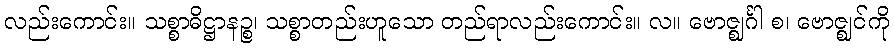
လည်းကောင်း။ သစ္စာဓိဋ္ဌာနဉ္စ၊ သစ္စာတည်းဟူသော တည်ရာလည်းကောင်း။ လ။ ဗောဇ္ဈင်္ဂါ စ၊ ဗောဇ္ဈင်ကို